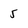
Character: 5